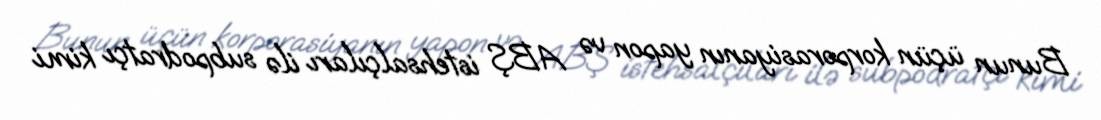
Bunun üçün korporasiyanın yapon və ABŞ istehsalçıları ilə subpodratçı kimi